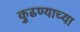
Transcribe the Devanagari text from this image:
कुढण्याच्या